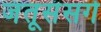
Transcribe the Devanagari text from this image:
जंतूसंसर्ग